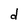
Character: d